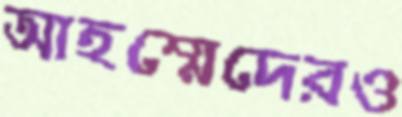
আহম্মেদেরও